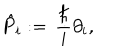
\hat { P } _ { i } : = \, { \frac { \hbar } { i } } \partial _ { i } ,